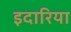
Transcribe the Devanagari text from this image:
इदारिया